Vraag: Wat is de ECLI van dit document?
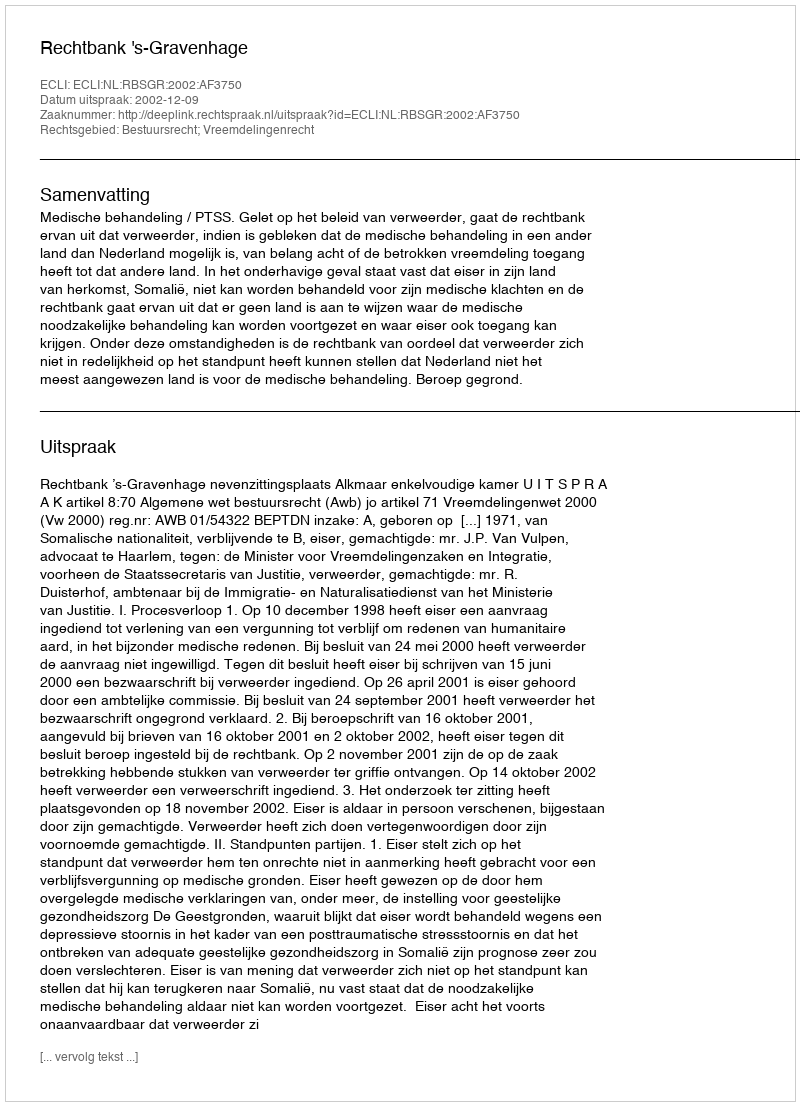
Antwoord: ECLI:NL:RBSGR:2002:AF3750